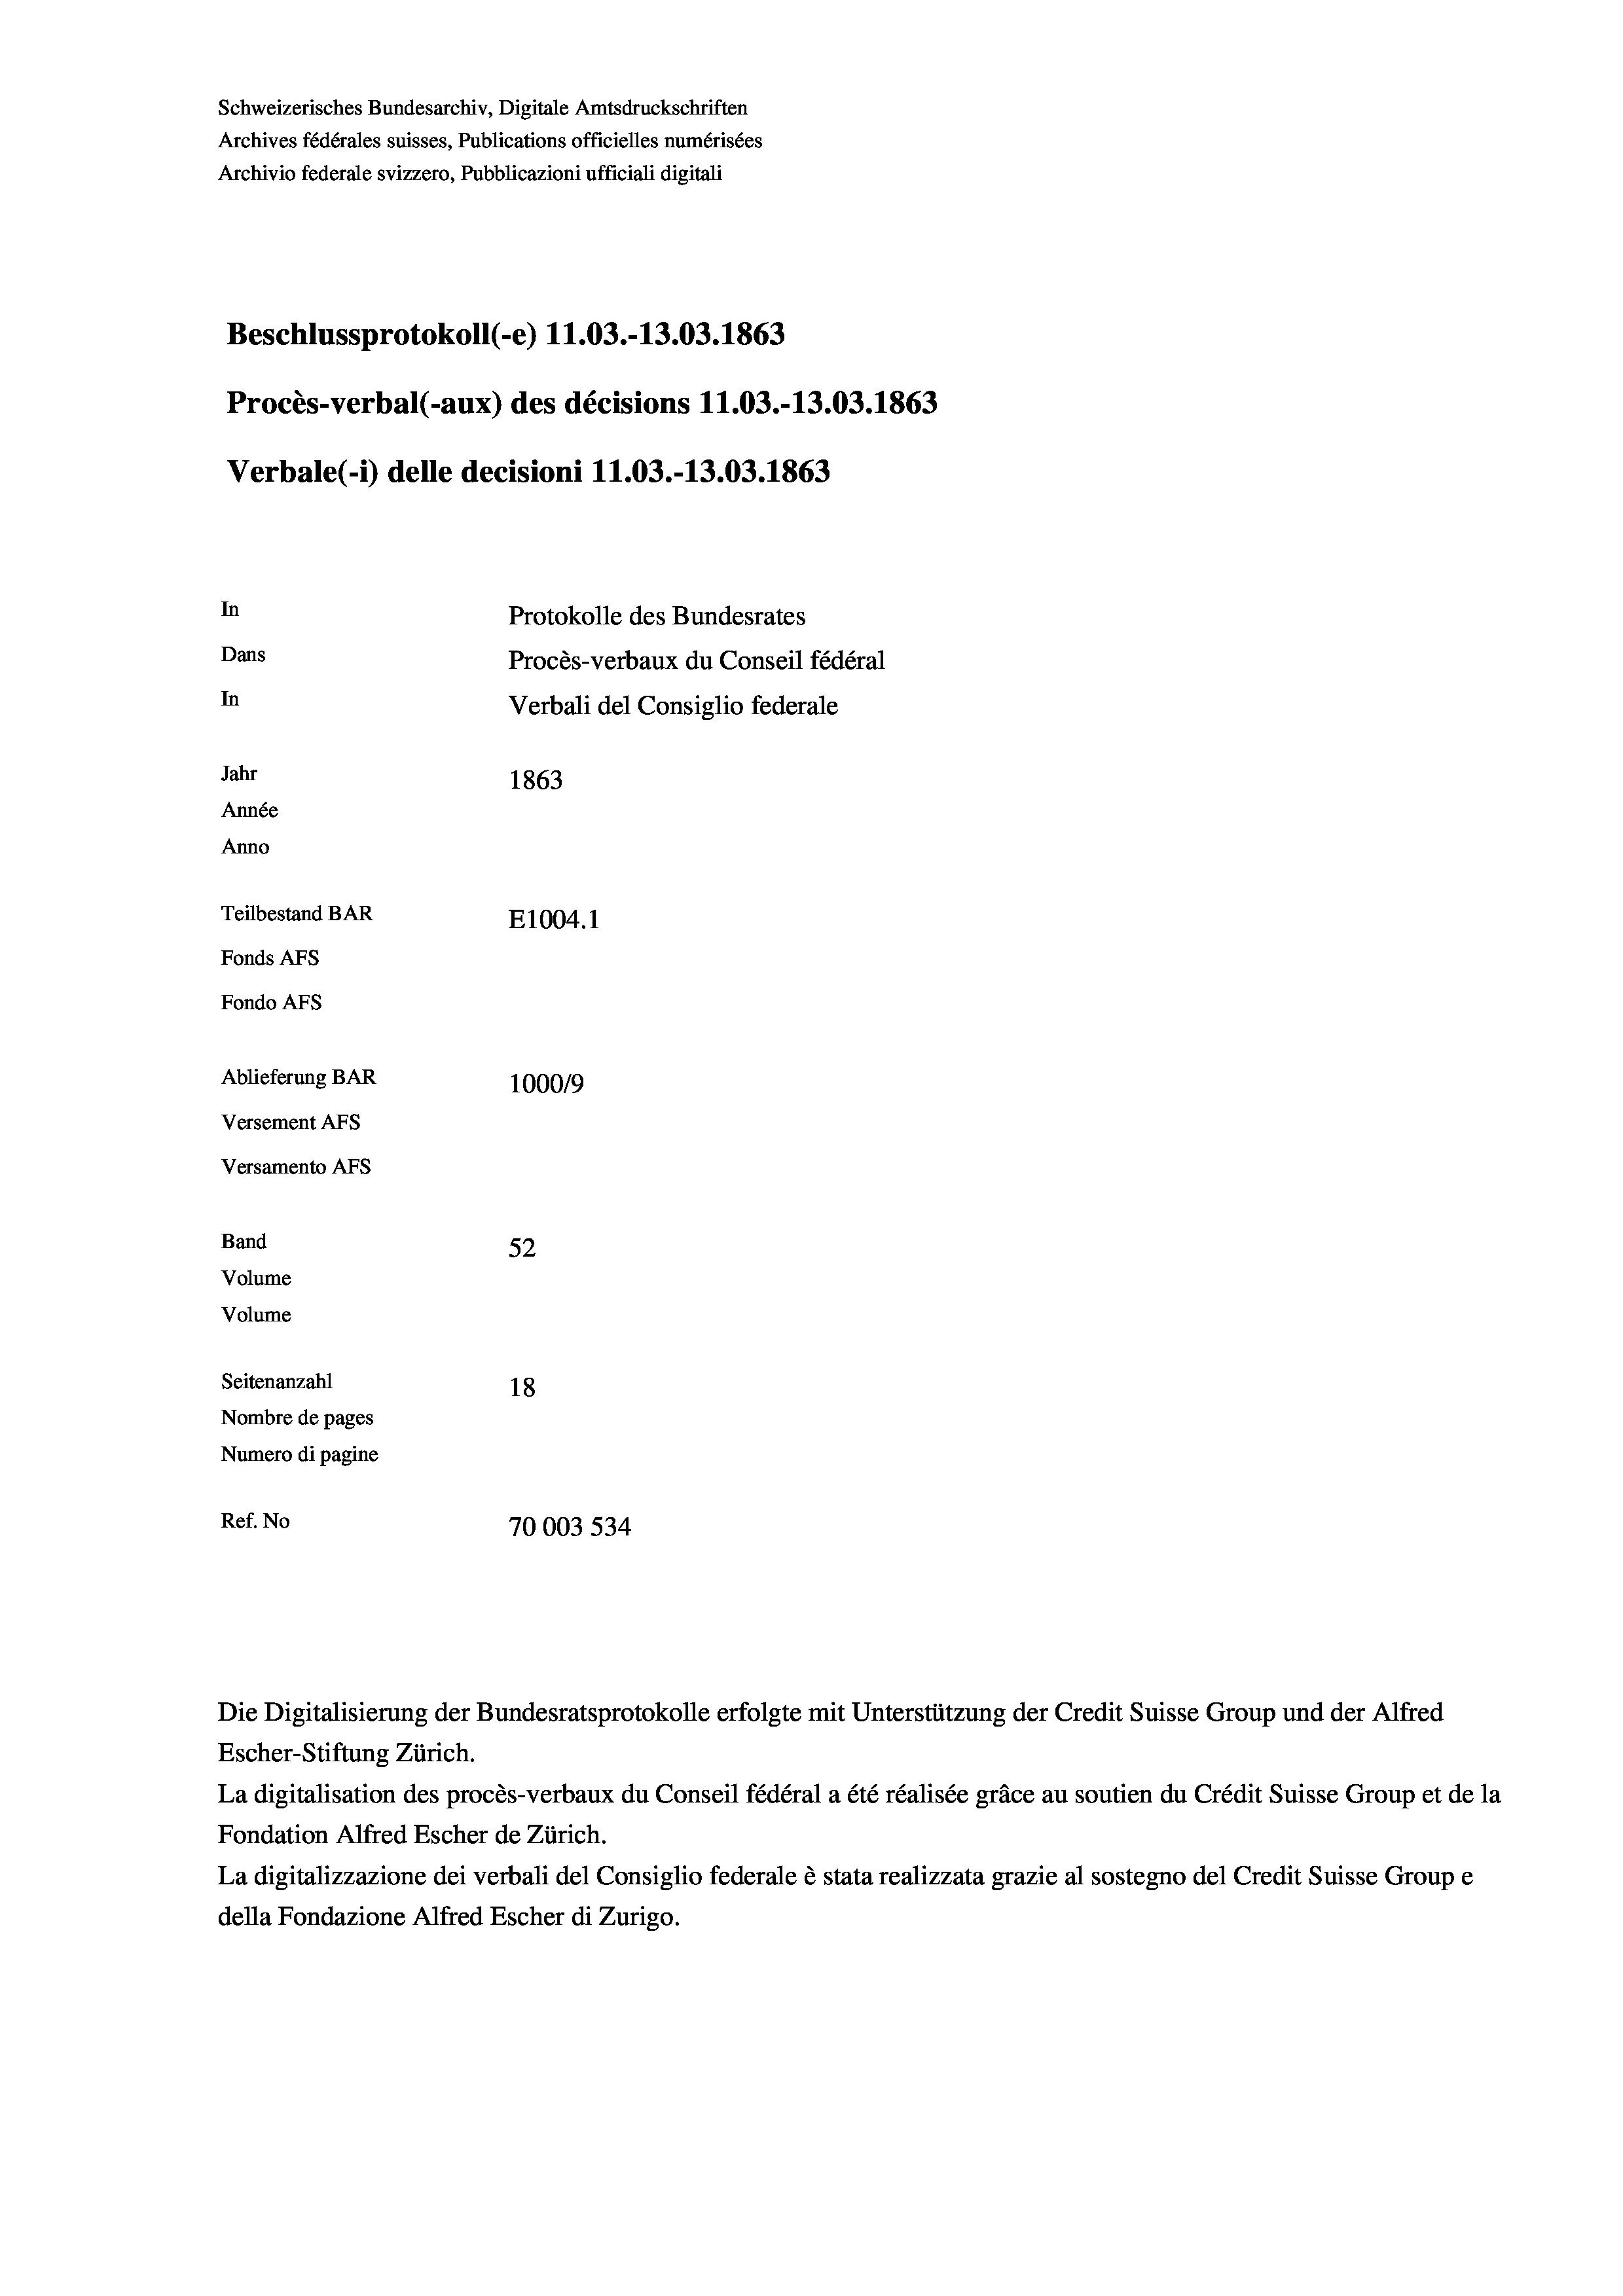
Schweizerisches Bundesarchiv, Digitale Amtsdruckschriften
Archives fédérales suisses, Publications officielles numérisées
Archivio federale svizzero, Pubblicazioni ufficiali digitali
Beschlussprotokoll (-e) 11.03.-13.03. 1863
Procès-verbal (-aux) des décisions 11.03.-13.03. 1863
Verbale (- 1) delle decisioni 11.03.-13.03. 1863
In
Protokolle des Bundesrates
Dans
Procès-verbaux du Conseil fédéral
In
Verbali del Consiglio federale
Jahr
1863
Année
Anno
Teilbestand BAR
E1004.1
Fonds AFs
Fondo AFs
Ablieferung BAR
1000/9
Versement AFs
Versamento AFs
Band
52
Volume
Volume
Seitenanzahl
18
Nombre de pages
Numero di pagine
Ref. No
70003 534

Escher-Stiftung Zürich.
La digitalisation des procès-verbaux du Conseil fédéral a été réalisée gräce au soutien du Crédit Suisse Group et de la
Fondation Alfred Escher de Zürich.
La digitalizzazione dei verbali del Consiglio federale è stata realizzata grazie al sostegno del Credit Suisse Groupe
della Fondazione Alfred Escher di Zurigo.

Die Digitalisierung der Bundesratsprotokolle erfolgte mit Unterstützung der Credit Suisse Group und der Alfred